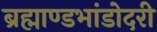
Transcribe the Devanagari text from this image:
ब्रह्माण्डभांडोदरी